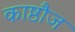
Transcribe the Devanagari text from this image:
काष्ठौज